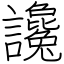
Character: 讒